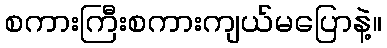
စကားကြီးစကားကျယ်မပြောနဲ့။